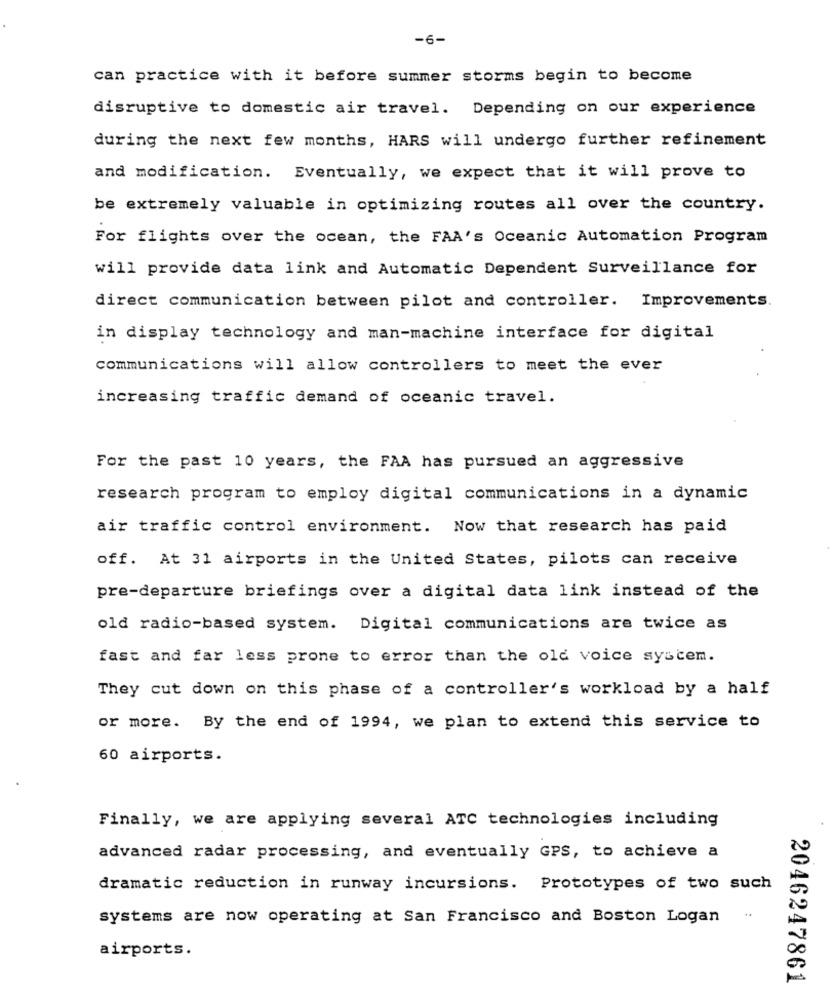
-6-
can practice with it before summer storms begin to become
disruptive to domestic air travel. Depending on our experience
during the next few months, HARS will undergo further refinement
and modification. Eventually, we expect that it will prove to
be extremely valuable in optimizing routes all over the country.
For flights over the ocean, the FAA's Oceanic Automation Program
will provide data link and Automatic Dependent Surveillance for
direct communication between pilot and controller. Improvements.
in display technology and man-machine interface for digital
communications will allow controllers to meet the ever
increasing traffic demand of oceanic travel.
For the past 10 years, the FAA has pursued an aggressive
research program to employ digital communications in a dynamic
air traffic control environment. Now that research has paid
off. At 31 airports in the United States, pilots can receive
pre-departure briefings over a digital data link instead of the
old radio-based system. Digital communications are twice as
fast and far less prone to error than the old voice system.
They cut down on this phase of a controller's workload by a half
or more. By the end of 1994, we plan to extend this service to
60 airports.
Finally, we are applying several ATC technologies including
advanced radar processing, and eventually GPS, to achieve a
dramatic reduction in runway incursions. Prototypes of two such
systems are now operating at San Francisco and Boston Logan
..
airports.
2046247861